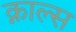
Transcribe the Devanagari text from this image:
क्नाल्स